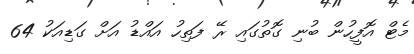
މެޓް އޮފީހުން ބުނި ގޮތުގައި ރޭ ފަތިހު އައްޑު އަށް ގަޑިއަކު 64